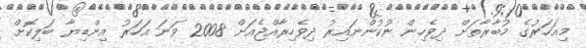
މިއަހަރުގެ މުބާރާތަށް ދިވެހިން ނުކުންނައިރު ދިވެހިރާއްޖެއަށް 2008 ވަނަ އަހަރު އިންޑިޔާ ބަލިކޮށް